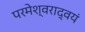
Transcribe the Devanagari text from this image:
परमेश्वराद्वयं